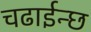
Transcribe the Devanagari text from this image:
चढाईन्छ